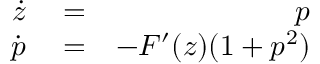
\begin{array} { r l r } { \dot { z } } & { { } = } & { p } \\ { \dot { p } } & { { } = } & { - F ^ { \prime } ( z ) ( 1 + p ^ { 2 } ) } \end{array}